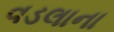
વડલાના